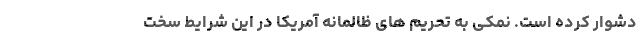
دشوار کرده است. نمکی به تحریم های ظالمانه آمریکا در این شرایط سخت